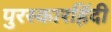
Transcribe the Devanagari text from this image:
पुरस्कारहिंदी